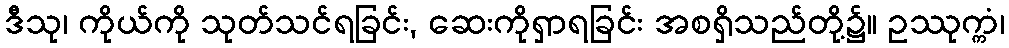
ဒီသု၊ ကိုယ်ကို သုတ်သင်ရခြင်း, ဆေးကိုရှာရခြင်း အစရှိသည်တို့၌။ ဥဿုက္ကံ၊